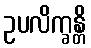
ဥပလိက္ခန္တိ